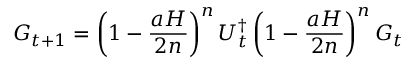
G _ { t + 1 } = \left( 1 - \frac { a H } { 2 n } \right) ^ { n } U _ { t } ^ { \dag } \left( 1 - \frac { a H } { 2 n } \right) ^ { n } G _ { t }